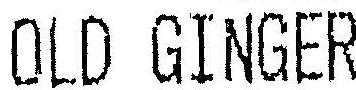
OLD GINGER